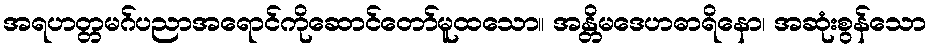
အရဟတ္တမဂ်ပညာအရောင်ကိုဆောင်တော်မူထသော။ အန္တိမဒေဟဓာရိနော၊ အဆုံးစွန်သော